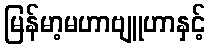
မြန်မာ့မဟာဗျူဟာနှင့်